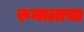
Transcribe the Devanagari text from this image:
रुमालाचा